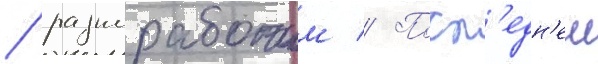
/ разнорабочим // Посл'едн'еи